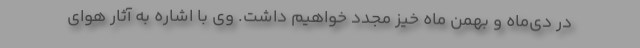
در دی‌ماه و بهمن ماه خیز مجدد خواهیم داشت. وی با اشاره به آثار هوای